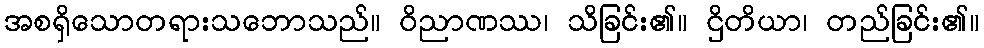
အစရှိသောတရားသဘောသည်။ ဝိညာဏဿ၊ သိခြင်း၏။ ဌိတိယာ၊ တည်ခြင်း၏။